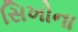
સિખોના